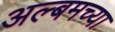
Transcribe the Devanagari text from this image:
अल्बमच्या